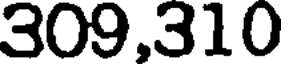
309,310